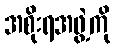
အစိုးရအဖွဲ့ကို